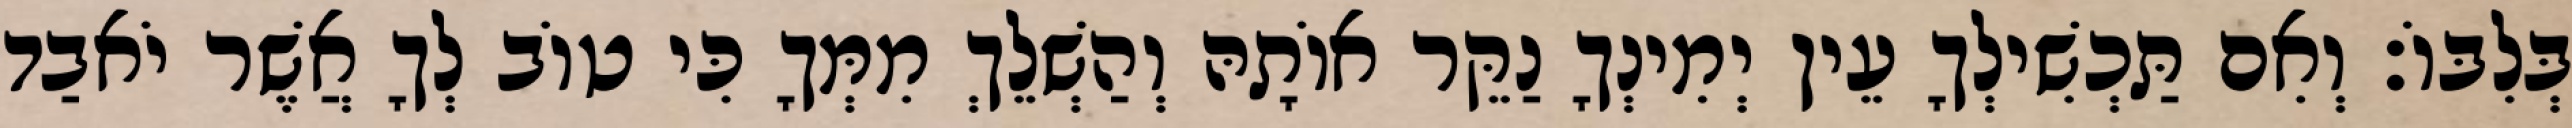
בְּלִבּוֹ׃ וְאִם תַּכְשִׁילְךָ עֵין יְמִינְךָ נַקֵּר אוֹתָהּ וְהַשְׁלֵךְ מִמְּךָ כִּי טוֹב לְךָ אֲשֶׁר יֹאבַד